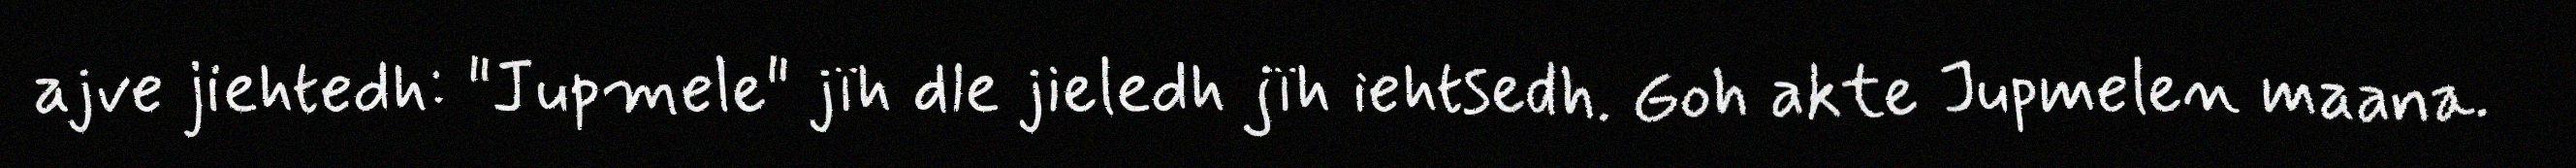
ajve jiehtedh: "Jupmele" jïh dle jieledh jïh iehtsedh. Goh akte Jupmelen maana.